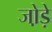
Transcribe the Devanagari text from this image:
जो़ड़े